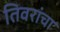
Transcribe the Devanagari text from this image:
तिवरांचा